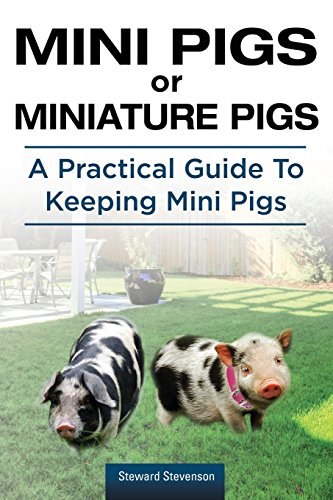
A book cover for Mini Pigs or Miniature Pigs. A Practical Guide To Keeping Mini Pigs.; Steward Stevenson; Crafts, Hobbies & Home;